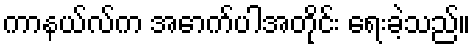
ကာနယ်လ်က အောက်ပါအတိုင်း ရေးခဲ့သည်။